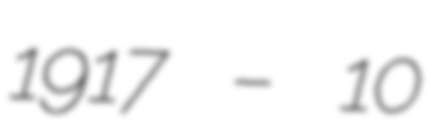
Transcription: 1917 – 10